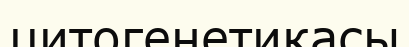
цитогенетикасы